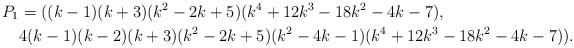
LaTeX: \begin{align*}P_1&=((k-1)(k+3)(k^2-2k+5)(k^4+12k^3-18k^2-4k-7),\\& 4(k-1)(k-2)(k+3)(k^2-2k+5)(k^2-4k-1)(k^4+12k^3-18k^2-4k-7)).\end{align*}